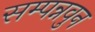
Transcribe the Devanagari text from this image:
सम्पन्नवुन